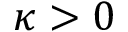
\kappa > 0